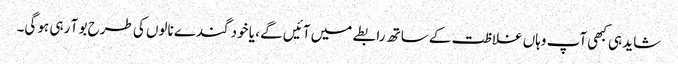
شاید ہی کبھی آپ وہاں غلاظت کے ساتھ رابطے میں آئیں گے ، یا خود گندے نالوں کی طرح بو آ رہی ہو گی۔